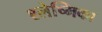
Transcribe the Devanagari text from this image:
श्‍लेष्मिका